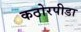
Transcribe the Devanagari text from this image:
कठोरपीडा